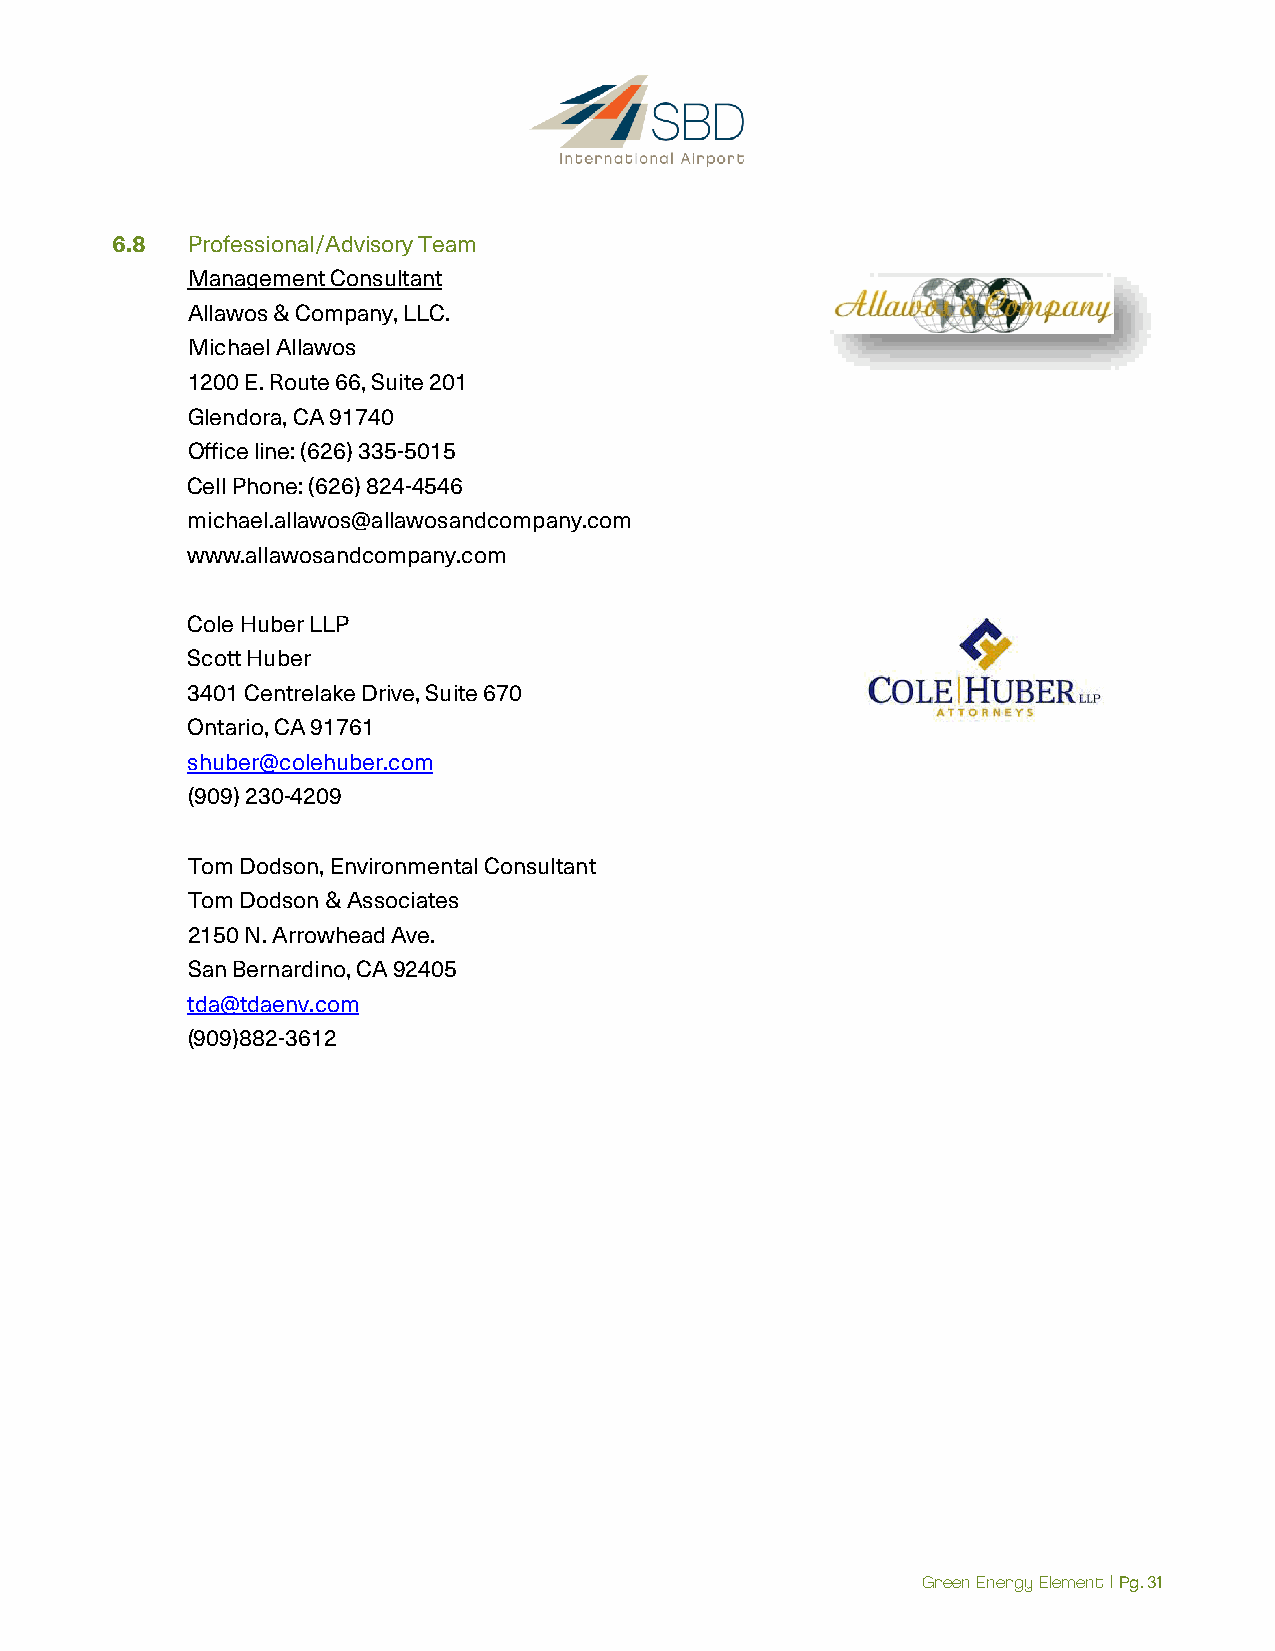
6.8  Professional/Advisory Team
 Management Consultant
 Allawos & Company, LLC.
 Michael Allawos
 1200 E. Route 66, Suite 201
 Glendora, CA 91740
 Office line: (626) 335-5015
 Cell Phone: (626) 824-4546
 michael.allawos@allawosandcompany.com
 www.allawosandcompany.com
 Cole Huber LLP
 Scott Huber
 3401 Centrelake Drive, Suite 670
 Ontario, CA 91761
 shuber@colehuber.com
 (909) 230-4209
 Tom Dodson, Environmental Consultant
 Tom Dodson & Associates
 2150 N. Arrowhead Ave.
 San Bernardino, CA 92405
 tda@tdaenv.com
 (909)882-3612
 Green Energy Element | Pg. 31